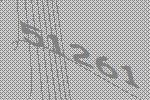
51261